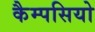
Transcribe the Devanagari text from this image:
कैम्पसियो